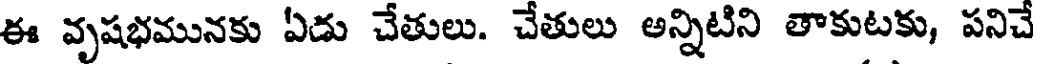
ఈ వృషభమునకు ఏడు చేతులు. చేతులు అన్నిటిని తాకుటకు, పనిచే